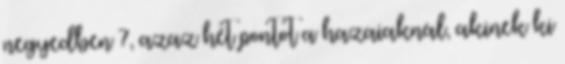
negyedben 7, azaz hét pontot a hazaiaknál, akinek ki